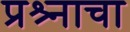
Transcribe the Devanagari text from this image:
प्रश्र्नाचा